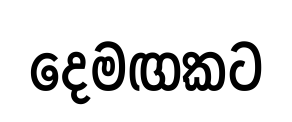
දෙමඟකට